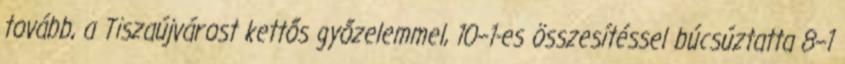
tovább, a Tiszaújvárost kettős győzelemmel, 10–1-es összesítéssel búcsúztatta 8–1